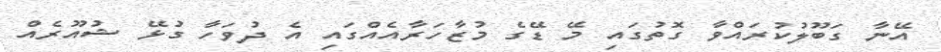
އޭނާ ގަބޫލުކުރައްވާ ގޮތުގައި މޭ ޑޭގެ މުޒާހަރާއެއްގައި އެ ދުވަހާ ގުޅޭ ޝުއޫރެއް